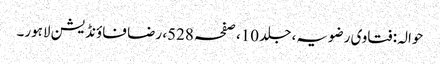
حوالہ: فتاوی رضویہ، جلد 10، صفحہ 528، رضا فاؤنڈیشن لاہور۔